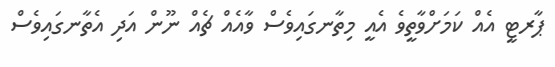
ޕާރޓީ އެއް ކަމަށްވާތީވެ އެއީ މިތާނގައިވެސް ވާއެއް ޗެއް ނޫން އަދި އެތާނގައިވެސް